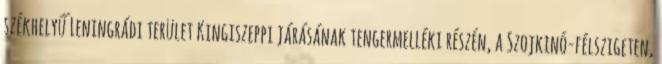
székhelyű Leningrádi terület Kingiszeppi járásának tengermelléki részén, a Szojkinó-félszigeten,